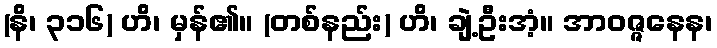
(နိ၊ ၃၁၆) ဟိ၊ မှန်၏။ (တစ်နည်း) ဟိ၊ ချဲ့ဦးအံ့။ အာဝဇ္ဇနေန၊